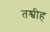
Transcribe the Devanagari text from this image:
तश्बीह